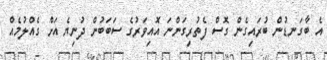
އެ ބާގަނޑުން ބުރައިގެން ގޮސް ފެތުރިގަންނަ އޮއިވަރުގެ ސަބަބުން ދުނިޔެ އަށް ގެއްލުމެއް